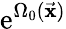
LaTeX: \mathrm{e}^{\Omega_{0}(\vec{{\mathbf{x}}})}